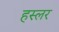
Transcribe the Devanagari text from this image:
हस्‍लर